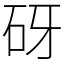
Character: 砑